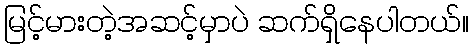
မြင့်မားတဲ့အဆင့်မှာပဲ ဆက်ရှိနေပါတယ်။